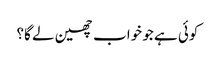
کوئی ہے جو خواب چھین لے گا؟